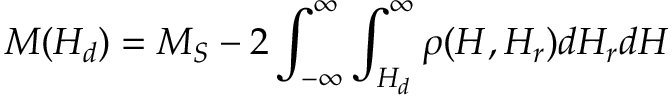
M ( H _ { d } ) = M _ { S } - 2 \int _ { - \infty } ^ { \infty } \int _ { H _ { d } } ^ { \infty } \rho ( H , H _ { r } ) d H _ { r } d H